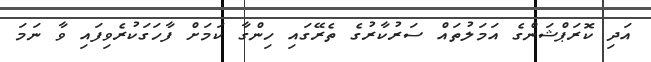
އަދި ކޮރަޕްޝަންގެ އަމަލުތައް ސަރުކާރުގެ ތެރޭގައި ހިންގާ ކަމަށް ފާހަގަކުރެވިފައި ވާ ނަމަ